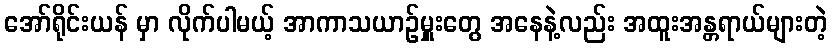
အော်ရိုင်းယန် မှာ လိုက်ပါမယ့် အာကာသယာဉ်မှူးတွေ အနေနဲ့လည်း အထူးအန္တရာယ်များတဲ့